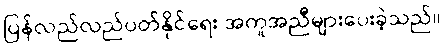
ပြန်လည်လည်ပတ်နိုင်ရေး အကူအညီများပေးခဲ့သည်။